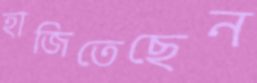
হাজিতেছেন